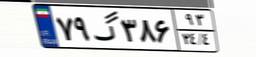
۷۹گ۳۸۶۹۳